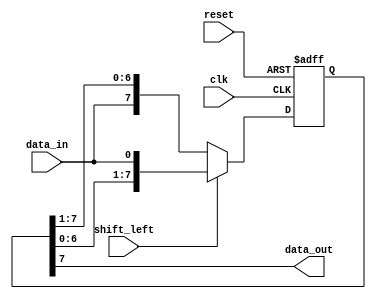
module siso_shift_register (
    input wire clk,
    input wire reset,
    input wire shift_left, // 0 for shift right, 1 for shift left
    input wire data_in,
    output reg data_out
);

reg [7:0] siso_reg;

always @(posedge clk or posedge reset) begin
    if (reset) begin
        siso_reg <= 8'b00000000;
    end else begin
        if (shift_left) begin
            siso_reg <= {siso_reg[6:0], data_in};
        end else begin
            siso_reg <= {data_in, siso_reg[7:1]};
        end
    end
end

assign data_out = siso_reg[7];

endmodule